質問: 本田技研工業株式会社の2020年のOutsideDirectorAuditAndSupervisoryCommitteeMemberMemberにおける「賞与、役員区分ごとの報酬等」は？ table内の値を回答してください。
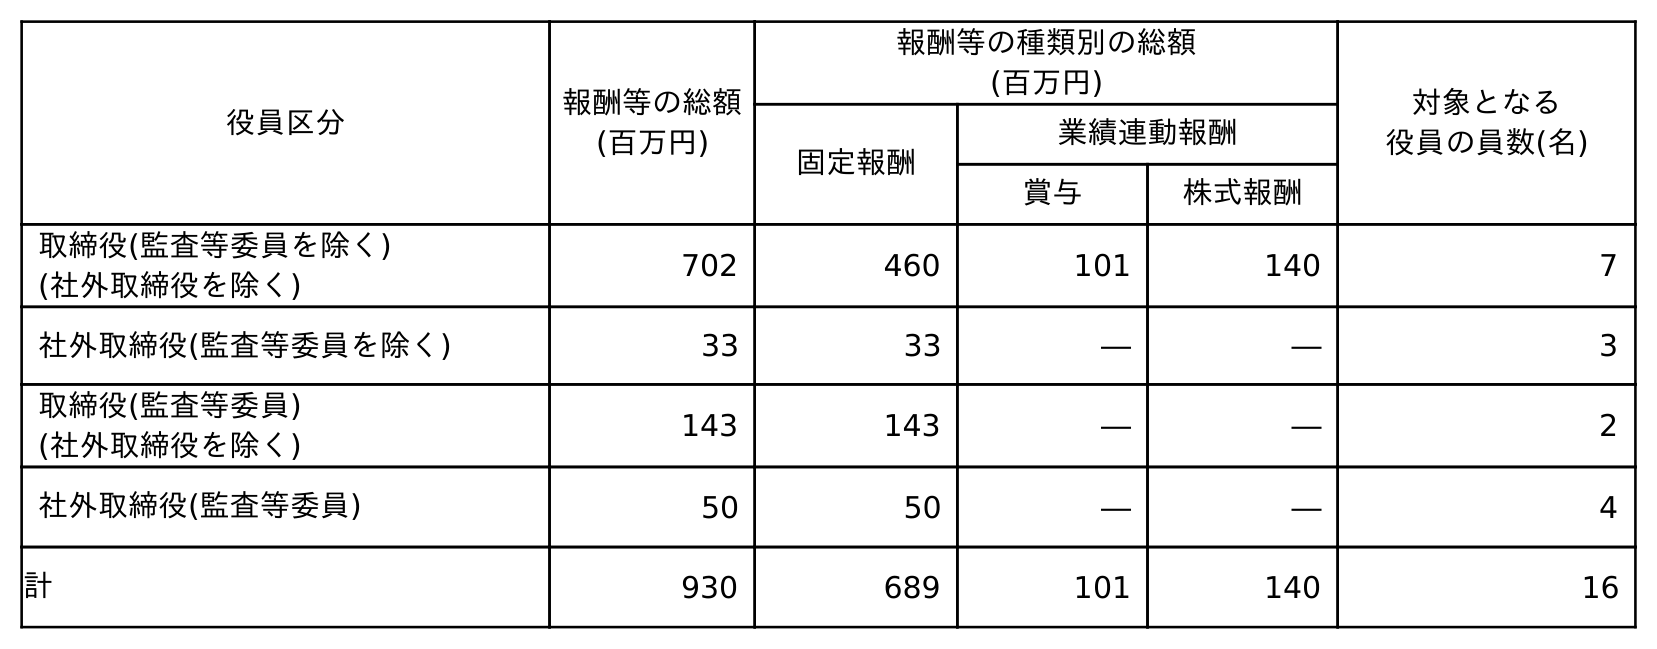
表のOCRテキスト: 役員区分 報酬等の総額 (百万円) 報酬等の種類別の総額 (百万円) 対象となる 役員の員数(名) 固定報酬 業績連動報酬 賞与 株式報酬 取締役(監査等委員を除く) (社外取締役を除く) 702 460 101 140 7 社外取締役(監査等委員を除く) 33 33 ― ― 3 取締役(監査等委員) (社外取締役を除く) 143 143 ― ― 2 社外取締役(監査等委員) 50 50 ― ― 4 計 930 689 101 140 16
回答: ―